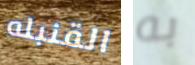
القنبله به